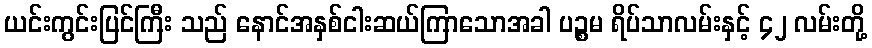
ယင်းကွင်းပြင်ကြီး သည် နောင်အနှစ်ငါးဆယ်ကြာသောအခါ ပဉ္စမ ရိပ်သာလမ်းနှင့် ၄၂ လမ်းတို့